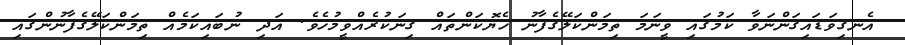
އެނގިވަޑައިގަންނަވާ ކަމުގައި ވީނަމަ ތިމަންކަލޭގެފާނު ހެޔޮކަންތައް ގިނަކުރެއްވީމުހެވެ. އަދި ނުބައިކަމެއް ތިމަންކަލޭގެފާނުންގައި